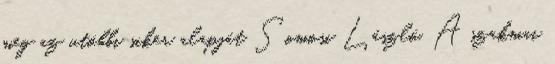
meg az utóbbi siker alapját Somosi László. A szakmai